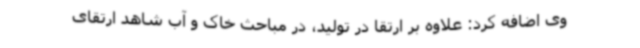
وی اضافه کرد: علاوه بر ارتقا در تولید، در مباحث خاک و آب شاهد ارتقای